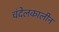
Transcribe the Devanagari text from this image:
चंदेलकालीन